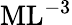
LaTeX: \mathrm{ML^{-3}}